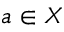
a \in X